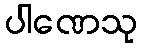
ပါဏေသု